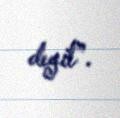
deyil”.